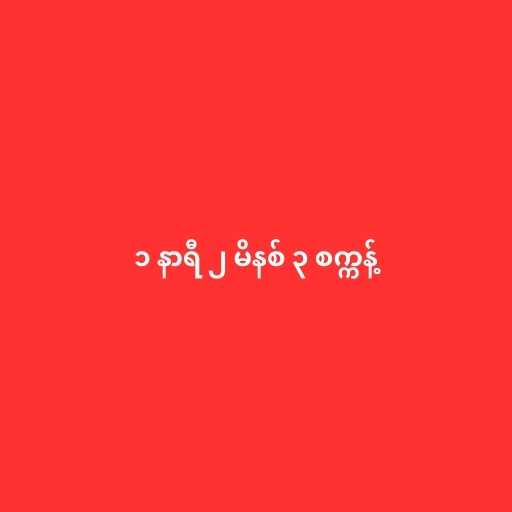
၁ နာရီ ၂ မိနစ် ၃ စက္ကန့်